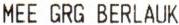
MEE GRG BERLAUK